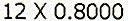
12 X 0.8000